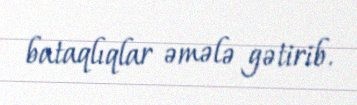
bataqlıqlar əmələ gətirib.